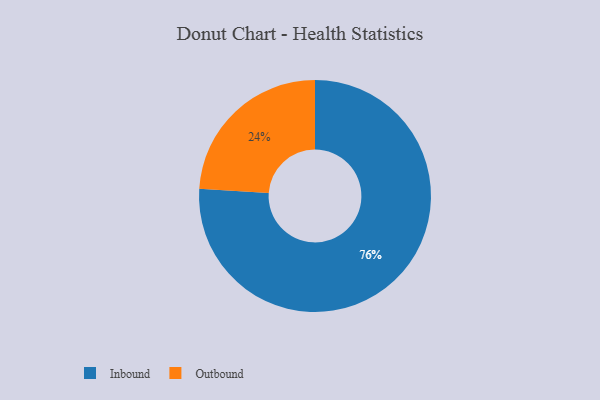
{"axis": {"x": "Category", "y": "Percentage"}, "legend": ["Inbound", "Outbound"], "data": [{"x": "Outbound", "y": 24, "type": "Outbound"}, {"x": "Inbound", "y": 76, "type": "Inbound"}]}